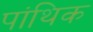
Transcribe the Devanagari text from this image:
पांथिक